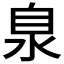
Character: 𣳻